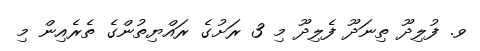
ވ. ފުލިދޫ ތިނަދޫ ފެލިދޫ މި 3 ރަށުގެ ރައްޔިތުންގެ ތެރެއިން މި